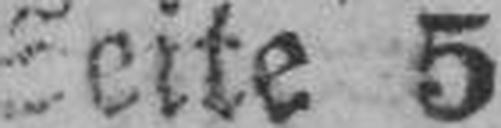
Seite 5